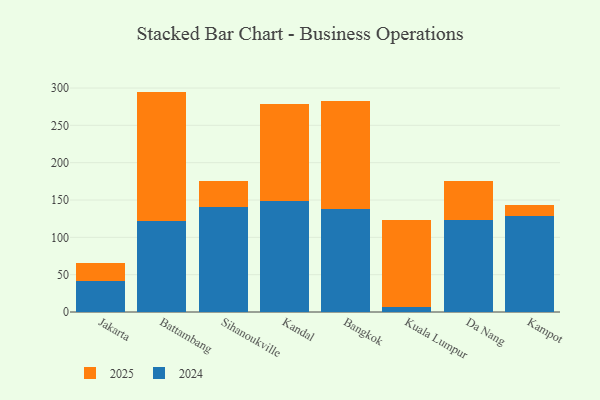
{"axis": {"x": "City", "y": "Gross Profit (USD K)"}, "legend": ["2024", "2025"], "data": [{"x": "Jakarta", "y": 24.2, "type": "2025"}, {"x": "Jakarta", "y": 41.4, "type": "2024"}, {"x": "Battambang", "y": 173.2, "type": "2025"}, {"x": "Battambang", "y": 122.0, "type": "2024"}, {"x": "Sihanoukville", "y": 34.4, "type": "2025"}, {"x": "Sihanoukville", "y": 140.9, "type": "2024"}, {"x": "Kandal", "y": 130.4, "type": "2025"}, {"x": "Kandal", "y": 148.7, "type": "2024"}, {"x": "Bangkok", "y": 143.9, "type": "2025"}, {"x": "Bangkok", "y": 138.1, "type": "2024"}, {"x": "Kuala Lumpur", "y": 115.7, "type": "2025"}, {"x": "Kuala Lumpur", "y": 7.0, "type": "2024"}, {"x": "Da Nang", "y": 52.3, "type": "2025"}, {"x": "Da Nang", "y": 123.0, "type": "2024"}, {"x": "Kampot", "y": 14.7, "type": "2025"}, {"x": "Kampot", "y": 128.9, "type": "2024"}]}